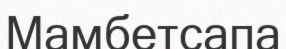
Мамбетсапа